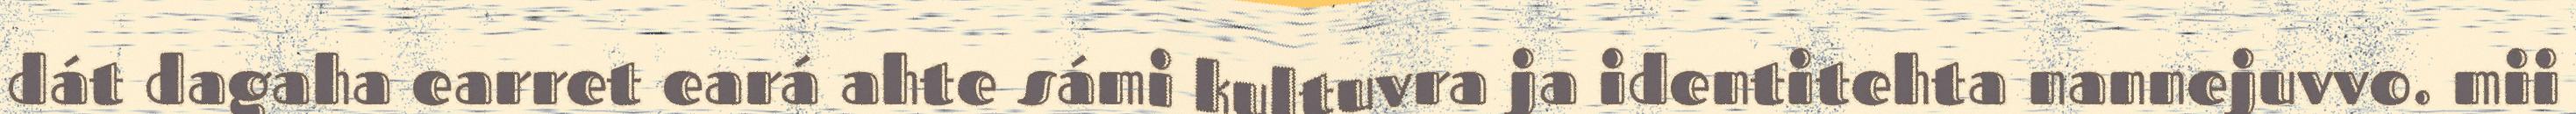
dát dagaha earret eará ahte sámi kultuvra ja identitehta nannejuvvo. mii